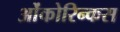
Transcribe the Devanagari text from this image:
ओंकोरिन्कस